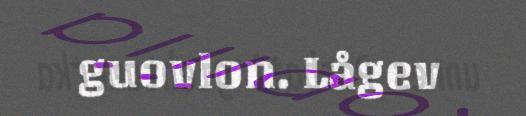
guovlon. Lågev